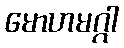
မောဟမဂ္ဂါ